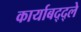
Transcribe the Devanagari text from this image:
कार्याबद्द्ले